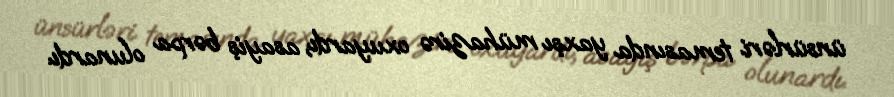
ünsürləri temasında yaxşı mühazirə oxuyardı, asayiş bərpa olunardı.